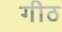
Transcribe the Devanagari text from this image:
गीठ